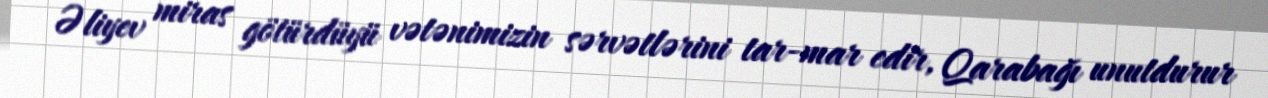
Əliyev miras götürdüyü vətənimizin sərvətlərini tar-mar edir, Qarabağı unutdurur